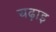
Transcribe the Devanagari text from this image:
चढ़ाइ